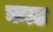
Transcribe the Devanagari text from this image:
काढ